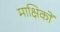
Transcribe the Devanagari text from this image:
माक्षिकों